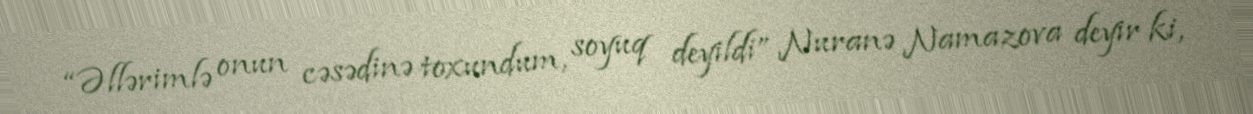
“Əllərimlə onun cəsədinə toxundum, soyuq deyildi” Nuranə Namazova deyir ki,